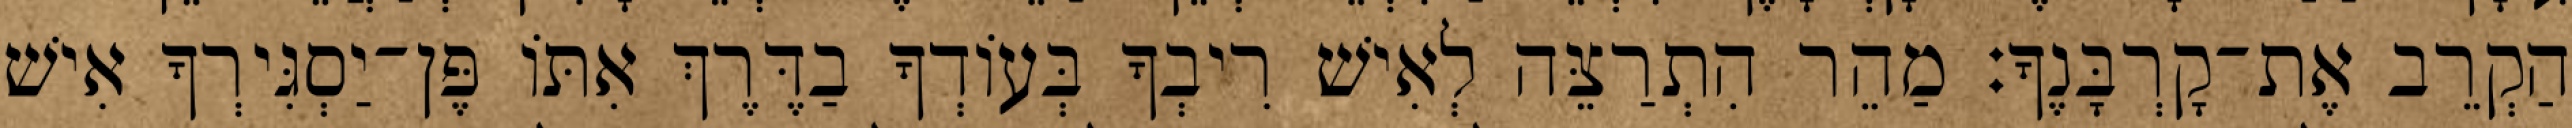
הַקְרֵב אֶת־קָרְבָּנֶךָ׃ מַהֵר הִתְרַצֵּה לְאִישׁ רִיבְךָ בְּעוֹדְךָ בַדֶּרֶךְ אִתּוֹ פֶּן־יַסְגִּירְךָ אִישׁ